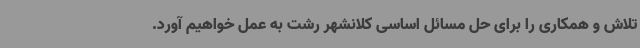
تلاش و همکاری را برای حل مسائل اساسی کلانشهر رشت به عمل خواهیم آورد.